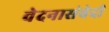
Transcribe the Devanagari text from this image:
वेदनासंवेदी